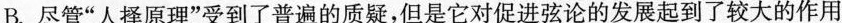
B.尽管”人择原理”受到了普遍的质疑，但是它对促进弦论的发展起到了较大的作用